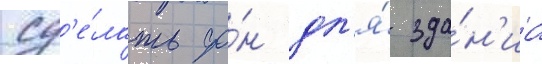
сд'е́лать фо́н дл'я́ зда́н'иа